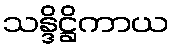
သန္ဒိဋ္ဌိကာယ